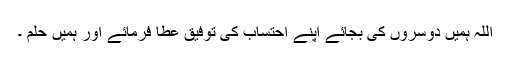
اللہ ہمیں دوسروں کی بجائے اپنے احتساب کی توفیق عطا فرمائے اور ہمیں حِلم ۔